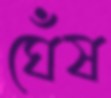
ঘেঁষ